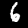
Label: 6